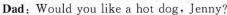
Dad:Wouldyou like a hot dog. Jenny?